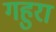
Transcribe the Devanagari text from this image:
गहुरा